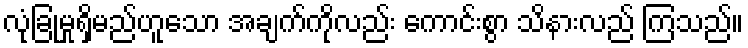
လုံခြုံမှုရှိမည်ဟူသော အချက်ကိုလည်း ကောင်းစွာ သိနားလည် ကြသည်။